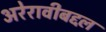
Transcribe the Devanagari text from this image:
अरेरावीबद्दल